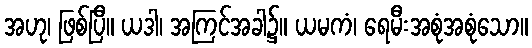
အဟု၊ ဖြစ်ပြီ။ ယဒါ၊ အကြင်အခါ၌။ ယမကံ၊ ရေမီးအစုံအစုံသော။